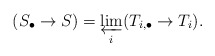
\begin{align*}(S_\bullet \to S) = \varprojlim_i (T_{i,\bullet} \to T_i).\end{align*}